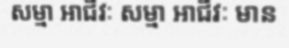
សម្មា អាជីវៈ សម្មា អាជីវៈ មាន